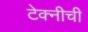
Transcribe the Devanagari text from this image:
टेक्नीची